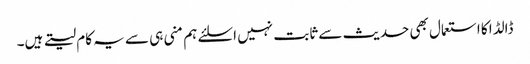
ڈالڈا کا استعمال بھی حدیث سے ثابت نہیں اسلئے ہم منی ہی سے یہ کام لیتے ہیں۔